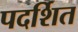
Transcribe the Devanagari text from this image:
पदर्शित